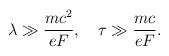
LaTeX: \begin{align*}\lambda \gg \frac{mc^2}{eF},\quad \tau \gg \frac{mc}{eF}.\end{align*}